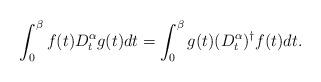
LaTeX: \begin{align*} \int_0^\beta f(t)D_t^\alpha g(t) dt = \int_0^\beta g(t)(D_t^\alpha)^\dagger f(t) dt .\end{align*}